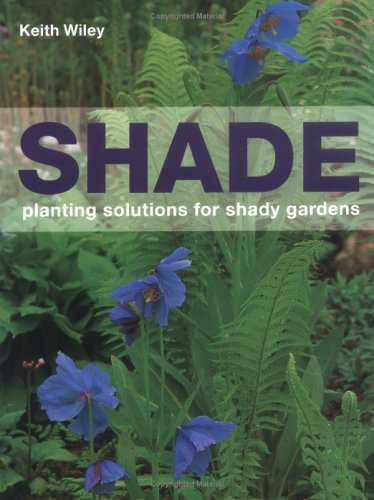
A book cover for Shade: Planting Solutions for Shady Gardens; Keith Wiley; Crafts, Hobbies & Home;